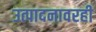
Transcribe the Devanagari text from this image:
उत्पादनावरही